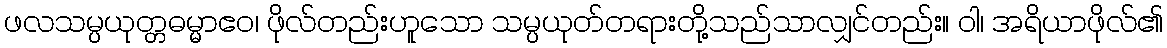
ဖလသမ္ပယုတ္တဓမ္မာဧဝ၊ ဖိုလ်တည်းဟူသော သမ္ပယုတ်တရားတို့သည်သာလျှင်တည်း။ ဝါ၊ အရိယာဖိုလ်၏